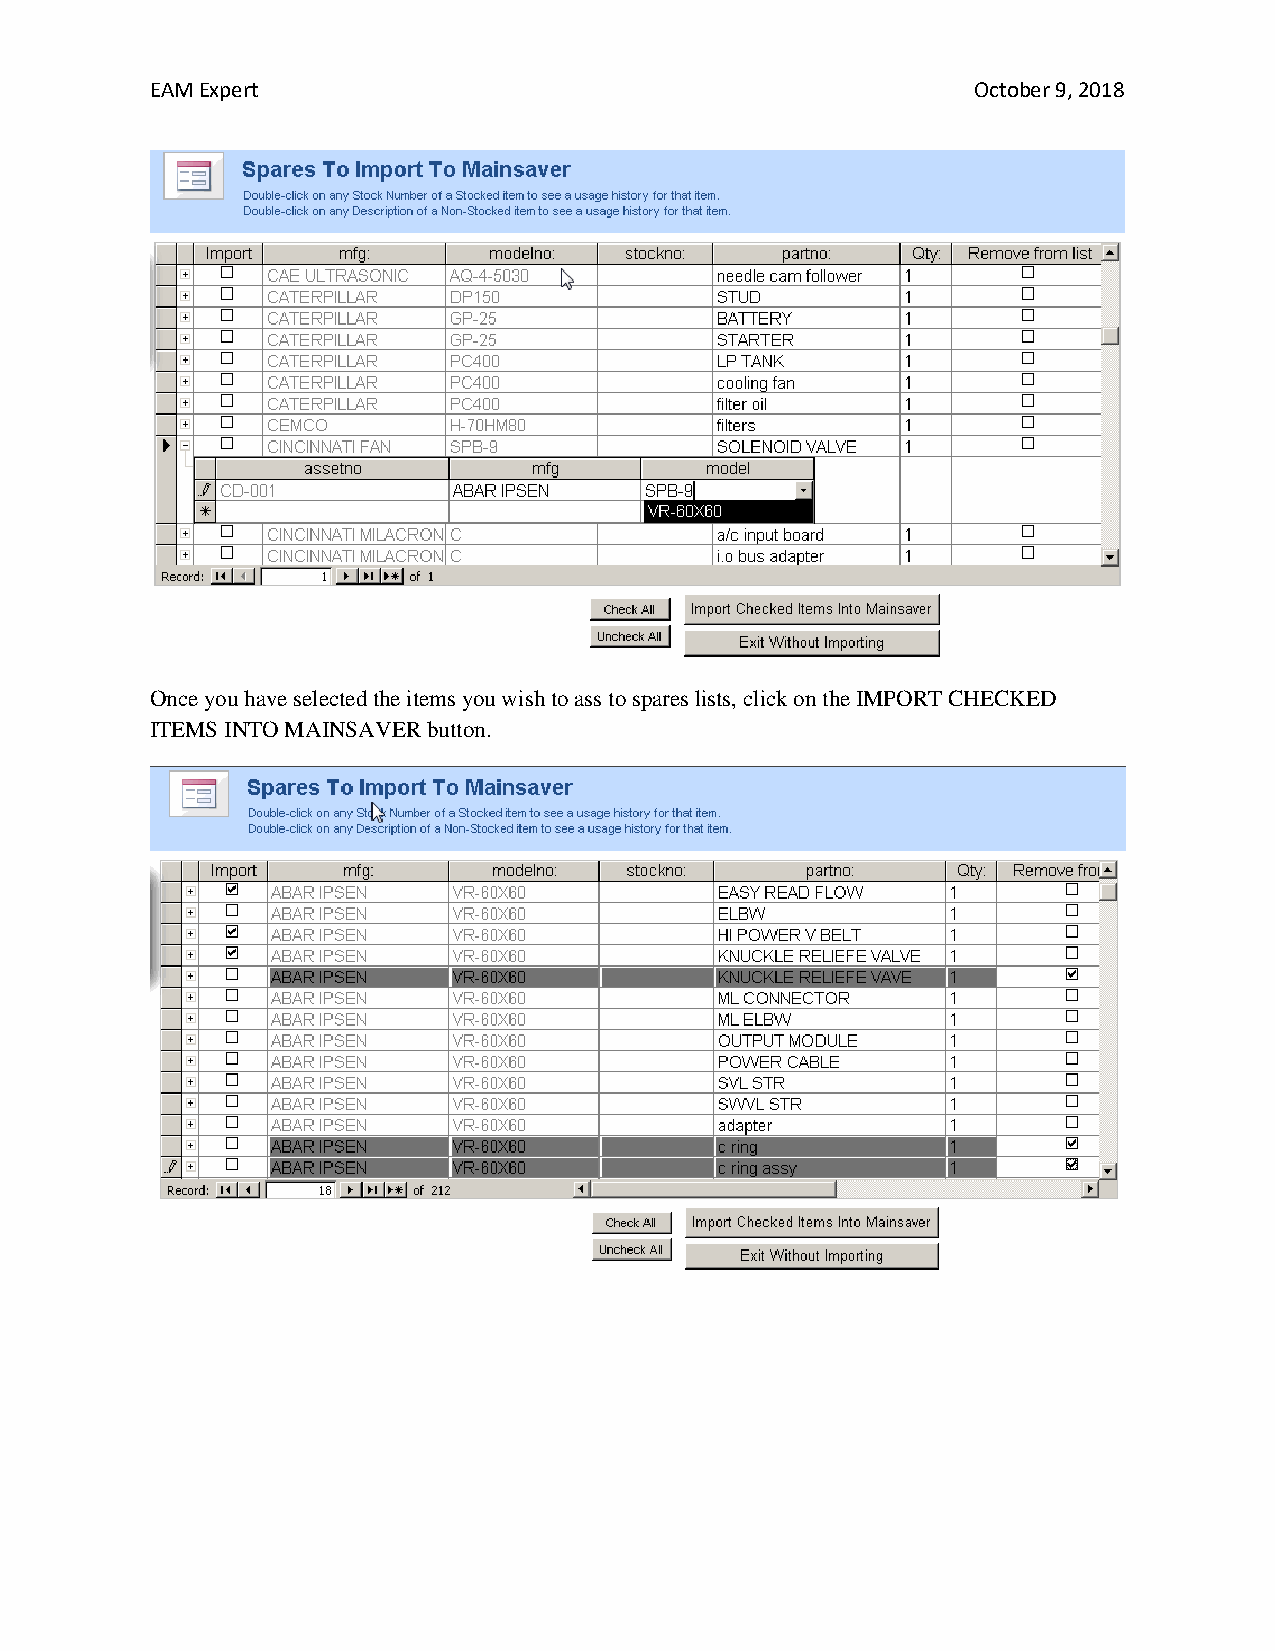
EAM Expert                                             October 9, 2018
 Once you have selected the items you wish to ass to spares lists, click on the IMPORT CHECKED
 ITEMS INTO MAINSAVER button.